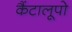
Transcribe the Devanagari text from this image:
कैंटालूपो